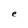
Character: e